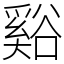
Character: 谿